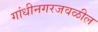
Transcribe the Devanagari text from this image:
गांधीनगरजवळील